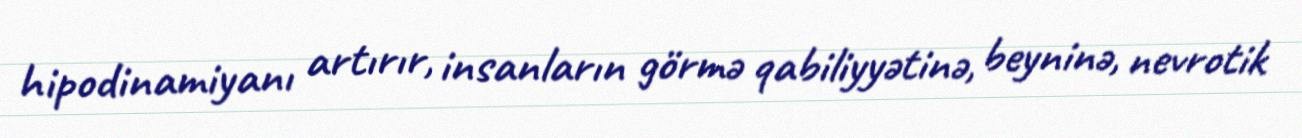
hipodinamiyanı artırır, insanların görmə qabiliyyətinə, beyninə, nevrotik